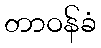
တာဝန်ခံ